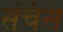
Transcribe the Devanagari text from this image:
संचेस